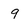
Character: 9